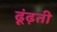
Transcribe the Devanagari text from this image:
ढूंढ़ती